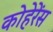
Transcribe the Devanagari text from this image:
कोहेरेंस